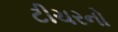
ટીચરનો